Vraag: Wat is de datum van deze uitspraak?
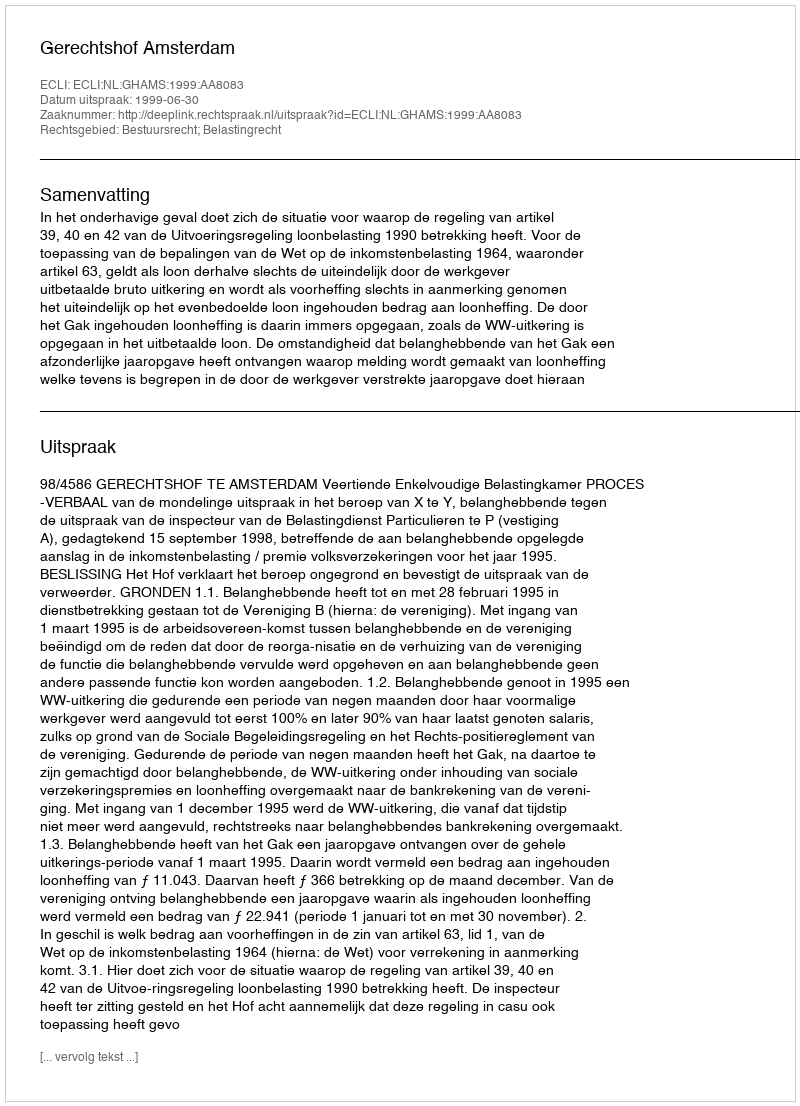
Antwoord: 1999-06-30